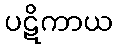
ပဋိကာယ